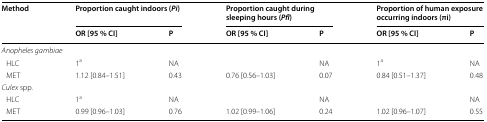
<table><thead><tr><td rowspan="2"><b>Method</b></td><td colspan="2"><b>Proportion caught indoors (<i>Pi</i>)</b></td><td colspan="2"><b>Proportion caught during sleeping hours (<i>Pfl</i>)</b></td><td colspan="2"><b>Proportion of human exposure occurring indoors (πi)</b></td></tr><tr><td><b>OR [95 % CI]</b></td><td><b>P</b></td><td><b>OR [95 % CI]</b></td><td><b>P</b></td><td><b>OR [95 % CI]</b></td><td><b>P</b></td></tr></thead><tbody><tr><td colspan="7"><i>Anopheles gambiae</i></td></tr><tr><td> HLC</td><td>1<sup>a</sup></td><td>NA</td><td></td><td>NA</td><td>1<sup>a</sup></td><td>NA</td></tr><tr><td> MET</td><td>1.12 [0.84–1.51]</td><td>0.43</td><td>0.76 [0.56–1.03]</td><td>0.07</td><td>0.84 [0.51–1.37]</td><td>0.48</td></tr><tr><td colspan="7"><i>Culex</i> spp.</td></tr><tr><td> HLC</td><td>1<sup>a</sup></td><td>NA</td><td></td><td>NA</td><td></td><td>NA</td></tr><tr><td> MET</td><td>0.99 [0.96–1.03]</td><td>0.76</td><td>1.02 [0.99–1.06]</td><td>0.24</td><td>1.02 [0.96–1.07]</td><td>0.55</td></tr></tbody></table>